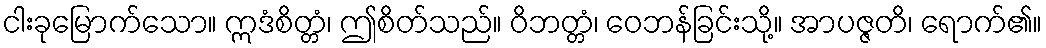
ငါးခုမြောက်သော။ ဣဒံစိတ္တံ၊ ဤစိတ်သည်။ ဝိဘတ္တံ၊ ဝေဘန်ခြင်းသို့။ အာပဇ္ဇတိ၊ ရောက်၏။